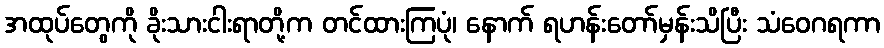
အထုပ်တွေကို ခိုးသားငါးရာတို့က တင်ထားကြပုံ၊ နောက် ရဟန်းတော်မှန်းသိပြီး သံဝေဂရကာ